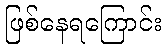
ဖြစ်နေရကြောင်း